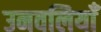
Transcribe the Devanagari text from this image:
उनवलियाँ